Plague in India, 1896, 1897 - Volume 1
Year: 1896
Disease focus: Plague
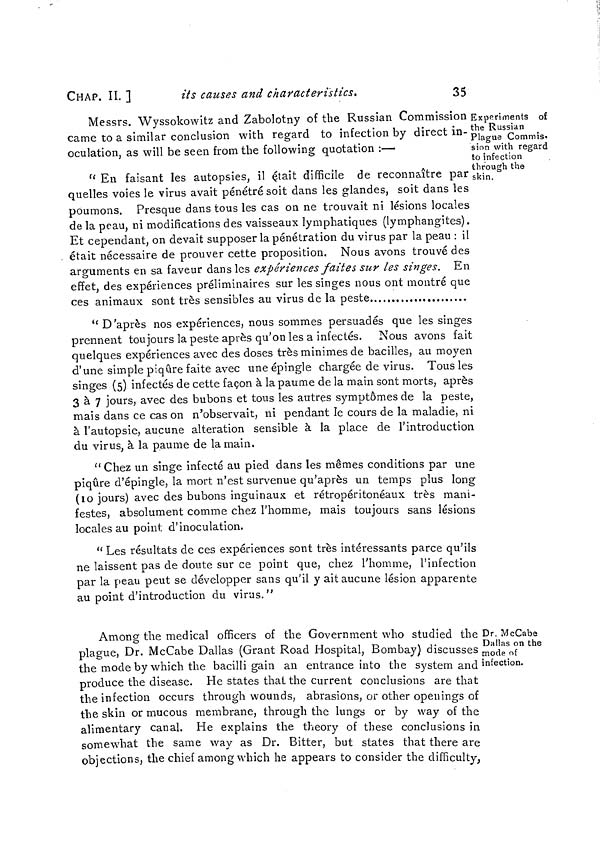
CHAP. II. ]
its causes and characteristics.
35
Experiments of
the Russian
Plague Commis-
sion with regard
to infection
through the
skin.
Messrs. Wyssokowitz and Zabolotny of the Russian Commission
came to a similar conclusion with regard to infection by direct in-
oculation, as will be seen from the following quotation :—
" En faisant les autopsies, il était difficile de reconnaître par
quelles voies le virus avait pénétré soit dans les glandes, soit dans les
poumons. Presque dans tous les cas on ne trouvait ni lésions locales
de la peau, ni modifications des vaisseaux lymphatiques (lymphangites).
Et cependant, on devait supposer la pénétration du virus par la peau : il
était nécessaire de prouver cette proposition. Nous avons trouvé des
arguments en sa faveur dans les expériences faites sur les singes. En
effet, des expériences préliminaires sur les singes nous ont montré que
ces animaux sont très sensibles au virus de la peste
"D'après nos expériences, nous sommes persuadés que les singes
prennent toujours la peste après qu'on les a infectés. Nous avons fait
quelques expériences avec des doses très minimes de bacilles, au moyen
d'une simple piqûre faite avec une épingle chargée de virus. Tous les
singes (5) infectés de cette façon à la paume de la main sont morts, après
3 à 7 jours, avec des bubons et tous les autres symptômes de la peste,
mais dans ce cas on n'observait, ni pendant le cours de la maladie, ni
à l'autopsie, aucune altération sensible à la place de l'introduction
du virus, à la paume de la main.
" Chez un singe infecté au pied dans les mêmes conditions par une
piqûre d'épingle, la mort n'est survenue qu'après un temps plus long
(10 jours) avec des bubons inguinaux et rétropéritonéaux très mani-
festes, absolument comme chez l'homme, mais toujours sans lésions
locales au point d'inoculation.
" Les résultats de ces expériences sont très intéressants parce qu'ils
ne laissent pas de doute sur ce point que, chez l'homme, l'infection
par la peau peut se développer sans qu'il y ait aucune lésion apparente
au point d'introduction du virus."
Dr. McCabe
Dallas on the
mode of
infection.
Among the medical officers of the Government who studied the
plague, Dr. McCabe Dallas (Grant Road Hospital, Bombay) discusses
the mode by which the bacilli gain an entrance into the system and
produce the disease. He states that the current conclusions are that
the infection occurs through wounds, abrasions, or other openings of
the skin or mucous membrane, through the lungs or by way of the
alimentary canal. He explains the theory of these conclusions in
somewhat the same way as Dr. Bitter, but states that there are
objections, the chief among which he appears to consider the difficulty,